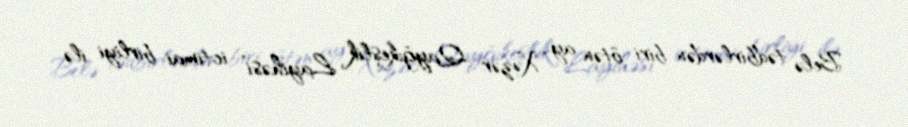
Belə tədbirlərdən biri ötən ay “Xəzər Qayğıkeşlik Layihəsi” ictimai birliyi ilə